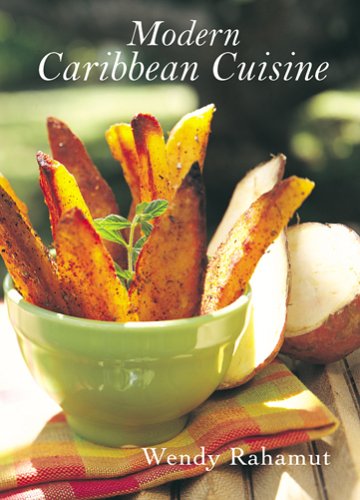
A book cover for Modern Caribbean Cuisine; Wendy Rahamut; Cookbooks, Food & Wine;